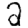
Digit: 2